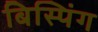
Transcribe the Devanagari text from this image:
बिस्पिंग